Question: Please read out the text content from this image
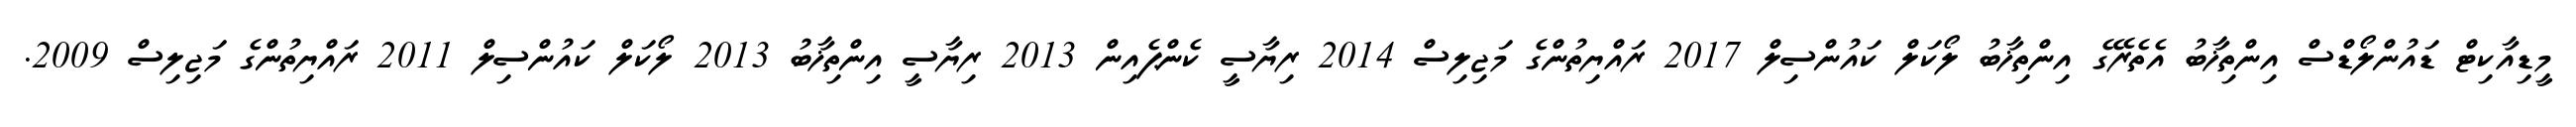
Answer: މީޑިއާކިޓް ޑައުންލޯޑްސް އިންތިޚާބު އެތެރޭގެ އިންތިޚާބު ލޯކަލް ކައުންސިލް 2017 ރައްޔިތުންގެ މަޖިލިސް 2014 ރިޔާސީ ކެންޕެއިން 2013 ރިޔާސީ އިންތިޚާބު 2013 ލޯކަލް ކައުންސިލް 2011 ރައްޔިތުންގެ މަޖިލިސް 2009.